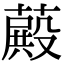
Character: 𦽄